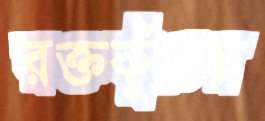
রক্তকুঁচের